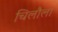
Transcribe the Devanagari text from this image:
चिलौला